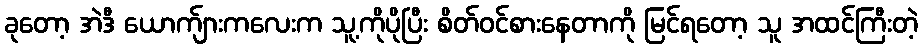
ခုတော့ အဲဒီ ယောက်ျားကလေးက သူ့ကိုပိုပြီး စိတ်ဝင်စားနေတာကို မြင်ရတော့ သူ အထင်ကြီးတဲ့